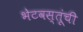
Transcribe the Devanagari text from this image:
भेटवस्तूंची